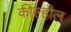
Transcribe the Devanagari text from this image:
कील्हौल